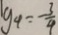
y _ { 4 } = \frac { 3 } { 4 }